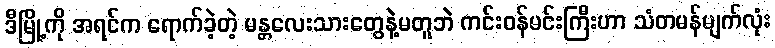
ဒီမြို့ကို အရင်က ရောက်ခဲ့တဲ့ မန္တလေးသားတွေနဲ့မတူဘဲ ကင်းဝန်မင်းကြီးဟာ သံတမန်မျက်လုံး